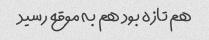
هم تازه بود هم به موقع رسید